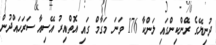
ދުނިޔޭގެ ރޭްންކިންގައި ލަންކާ 176 ވަނަ މަގާމް ގައި އޮތްއިރު އޭސިއާ ސަރަހައްދުން